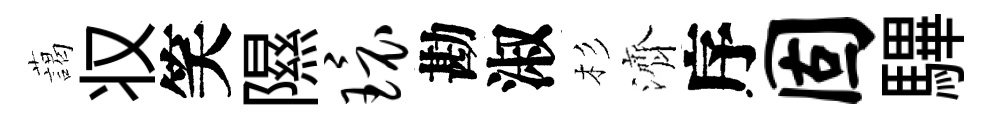
藹𠬧笑隰环勘淑杉濟序固驆